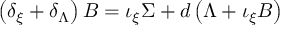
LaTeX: \left( \delta _ { \xi } + \delta _ { \Lambda } \right) B = \iota _ { \xi } \Sigma + d \left( \Lambda + \iota _ { \xi } B \right)